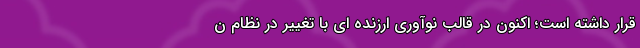
قرار داشته است؛ اکنون در قالب نوآوری ارزنده ای با تغییر در نظام ن